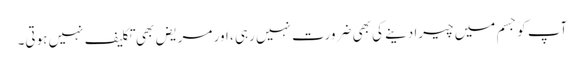
آپ کو جسم میں چیرا دینے کی بھی ضرورت نہیں رہی ، اور مریض بھی تکلیف نہیں ہوتی۔